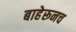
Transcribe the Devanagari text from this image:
बाहेरूनच